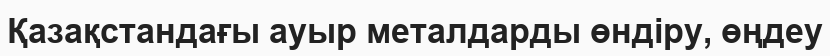
Қазақстандағы ауыр металдарды өндіру, өңдеу